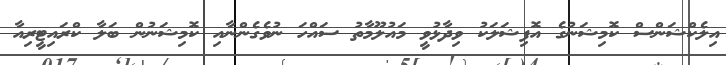
އިލެކްޝަންސް ކޮމިޝަނުގެ އޮފިޝަލަކު ވިދާޅުވީ މައުލޫމާތު ސައްހަ ނުވެގެންނާއި ކޮމިޝަނުން ބަލާ ކްރައިޓީރިއާ